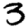
Digit: 3